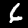
Label: 6